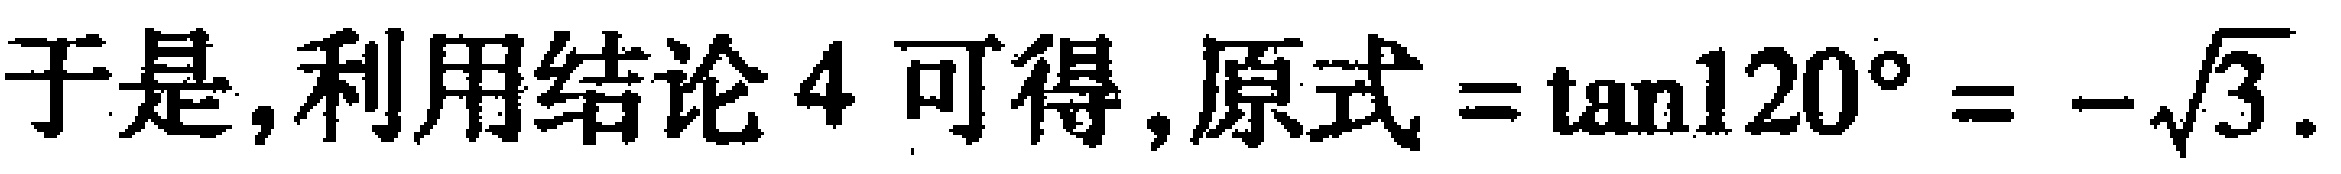
于是,利用结论4可得,原式$=\tan120^{\circ}=-\sqrt{3}$.